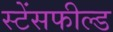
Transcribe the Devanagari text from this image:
स्टेंसफील्ड